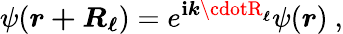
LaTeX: \psi({\boldsymbol{r+R_{\ell}}})=e^{\mathbf{i}{\boldsymbol{k\cdotR_{\ell}}}}\psi({\boldsymbol{r}})\ ,